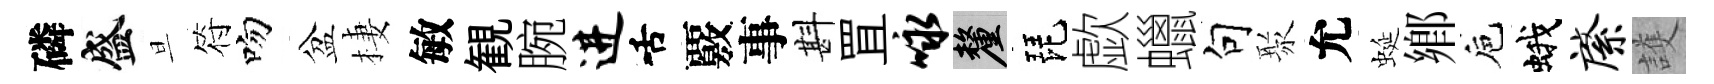
磷盛旦符吻盆棲敏観腕进舌覈事斟罝咏厘琵歔蠟句聚允蜒鄕巵蛾綮護